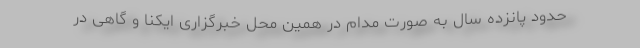
حدود پانزده سال به صورت مدام در همین محل خبرگزاری ایکنا و گاهی در